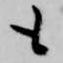
も